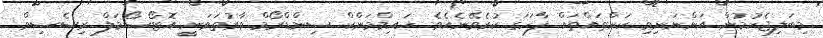
މިބަލިޖެހުމުން އަންނަނިވި ކަންތައްތައް ފާހަގަ ކުރެވޭނެއެވެ. ހައިމްމަންކް ސިންޑްރޯމް ވާރުތަވަނީ އޮޓޯސޯމަލް ރިސެސިވް